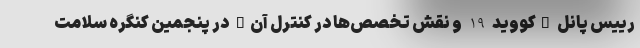
رییس پانل "کووید 19 و نقش تخصص‌ها در کنترل آن" در پنجمین کنگره سلامت